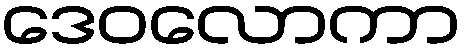
ဒေဝလောကာ